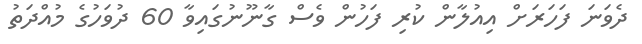
ދެވަނަ ފަހަރަށް އިއުލާން ކުރި ފަހުން ވެސް ގާނޫނުގައިވާ 60 ދުވަހުގެ މުއްދަތު